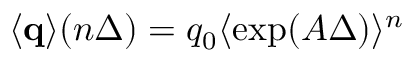
\langle { \bf q } \rangle ( n \Delta ) = q _ { 0 } \langle \exp ( A \Delta ) \rangle ^ { n } \,